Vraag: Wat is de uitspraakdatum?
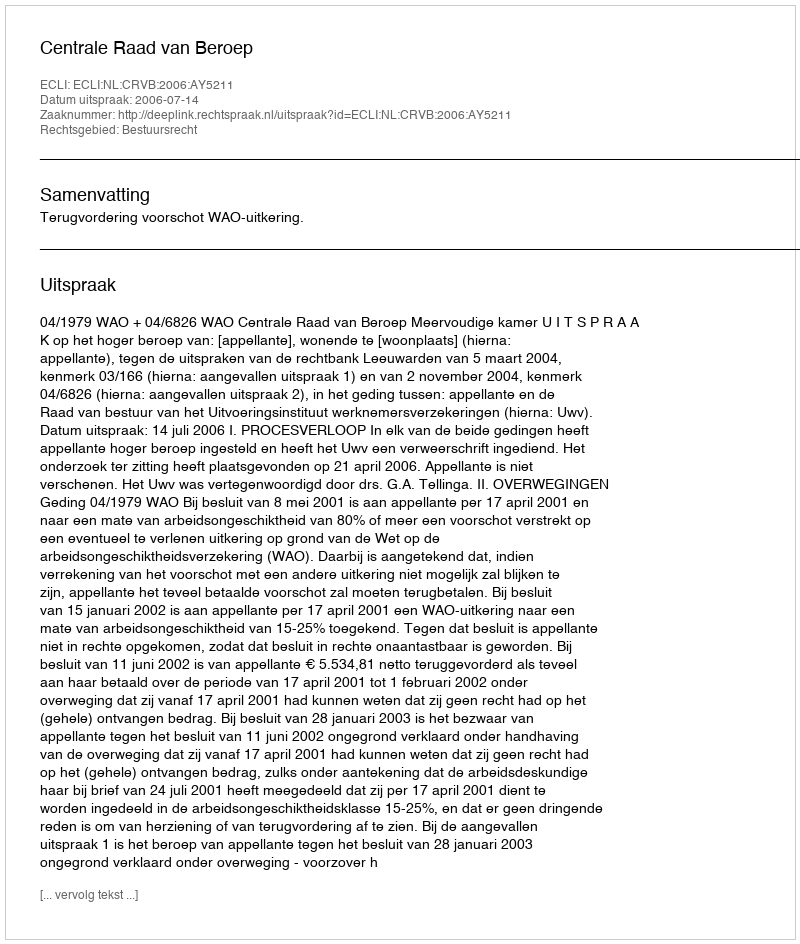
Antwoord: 2006-07-14